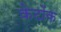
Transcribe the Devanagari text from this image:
केटोंक